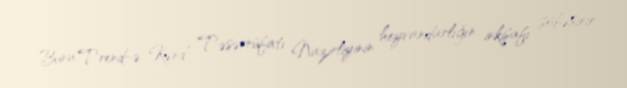
Bunu Trend-ə Kənd Təsərrüfatı Nazirliyinin heyvandarlığın inkişafı şöbəsinin